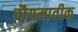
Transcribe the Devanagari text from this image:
दौगमातीक